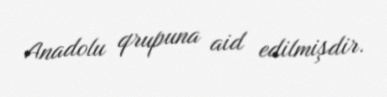
Anadolu qrupuna aid edilmişdir.